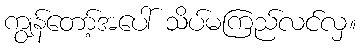
ကျွန်တော့်အပေါ် သိပ်မကြည်လင်လှ။